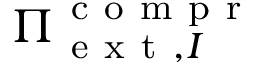
{ \Pi } _ { \mathrm { ~ e ~ x ~ t ~ } , I } ^ { \mathrm { ~ c ~ o ~ m ~ p ~ r ~ } }